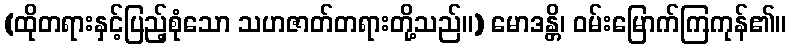
(ထိုတရားနှင့်ပြည့်စုံသော သဟဇာတ်တရားတို့သည်။) မောဒန္တိ၊ ဝမ်းမြောက်ကြကုန်၏။